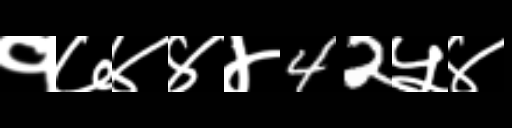
Text: १७४४४42५४